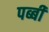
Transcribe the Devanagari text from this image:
पब्बी